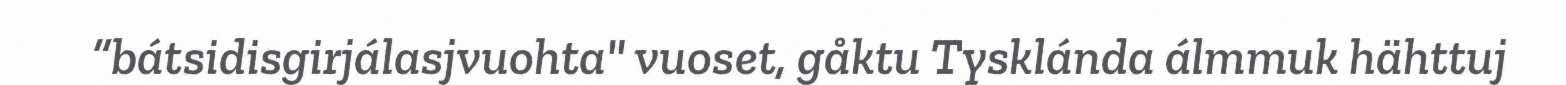
“bátsidisgirjálasjvuohta" vuoset, gåktu Tysklánda álmmuk hähttuj